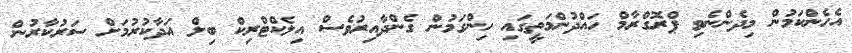
އެހެންކަމުން މިދެންނެވި ޕްރޮގްރާމް ހައްދުންމަތީގައި ހިންގަމުން ގެންދާއިރުވެސް އިލެކްޓްރިކް ބިލް އަދާކުރުމަށް ސަރުކާރުން